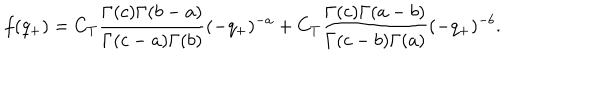
LaTeX: f ( q _ { + } ) = C _ { T } \frac { \Gamma ( c ) \Gamma ( b - a ) } { \Gamma ( c - a ) \Gamma ( b ) } ( - q _ { + } ) ^ { - a } + C _ { T } \frac { \Gamma ( c ) \Gamma ( a - b ) } { \Gamma ( c - b ) \Gamma ( a ) } ( - q _ { + } ) ^ { - b } .